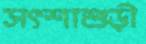
সৎশাশুড়ী